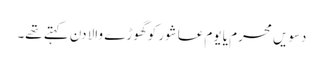
دسویں محرم یا یومِ عاشور کو گھوڑے والا دن کہتے تھے۔